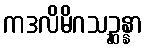
ကဒလိမိဂသဉ္ဆန္နာ